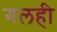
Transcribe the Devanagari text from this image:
गलही